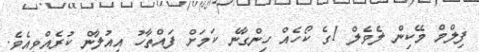
ފިލްމް މޭކިން ލެވެލް 1ގެ ކޯހެއް ހިންގާނެ ކަމަށް ފައްތާހު އިއުލާން ކުރެއްވިއެވެ.